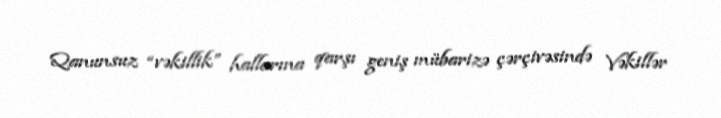
Qanunsuz “vəkillik” hallarına qarşı geniş mübarizə çərçivəsində Vəkillər